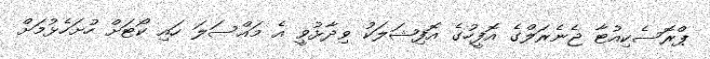
ޕްރޮސެކިއުޓާ ޖެނެރަލްގެ އޮފީހުގެ އޮފިޝަލަކު ވިދާޅުވީ އެ މައްސަލަ ހައި ކޯޓަށް ހުށަހެޅުމަށް